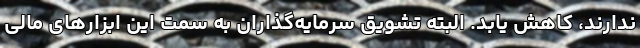
ندارند، کاهش یابد. البته تشویق سرمایه‌گذاران به سمت این ابزارهای مالی